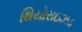
થિયોરાઇઝડ